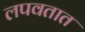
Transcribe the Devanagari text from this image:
लपवतात